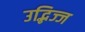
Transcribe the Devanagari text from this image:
उद्भिज्ज